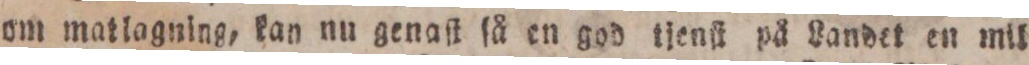
om matlagning, kan nu genaſt ſå en god tjenſt på Landet en mil